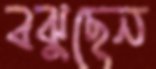
বঝুছেন